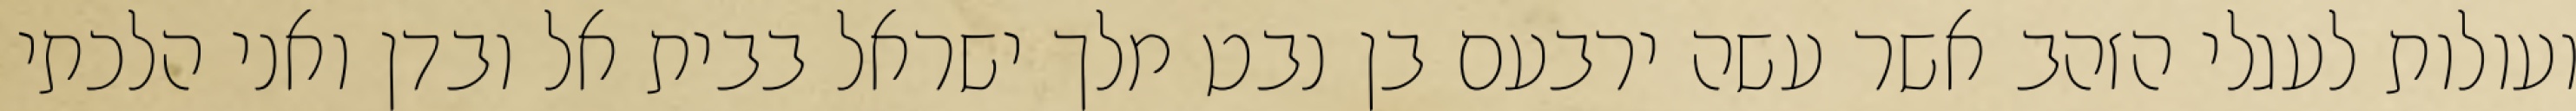
ועולות לעגלי הזהב אשר עשה ירבעם בן נבט מלך ישראל בבית אל ובדן ואני הלכתי